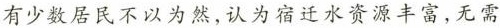
有少数居民不以为然，认为宿迁水资源丰富，无需